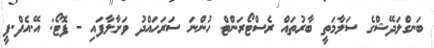
ބަނގްލަދޭޝްގެ ސަލާމަތީ ބާރުތައް ރެސްޓޯރަންޓް ހުންނަ ސަރަހައްދު ވަށާލާފައި - ފޮޓޯ: އޭ.އެފް.ޕީ